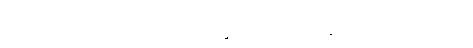
အခြံအရံပရိသတ်၌ လည်းကောင်း။ ဗဟိဒ္ဓ ဝါ၊ သူတစ်ပါးသန္တာန်သူတစ်ပါး၏ အခြံအရံ